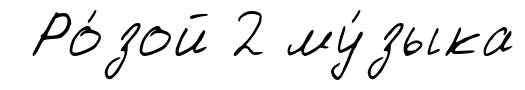
Ро́зой 2 му́зыка